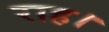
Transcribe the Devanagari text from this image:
राह।